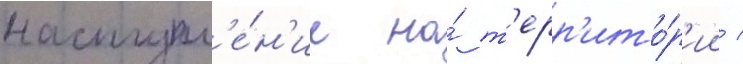
наступл'е́н'ие на́ т'ерр'ито́р'ии /